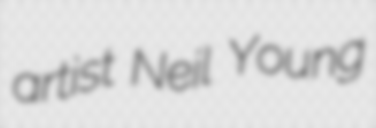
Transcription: artist Neil Young